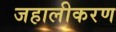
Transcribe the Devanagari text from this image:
जहालीकरण